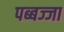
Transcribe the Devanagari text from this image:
पब्बज्जा